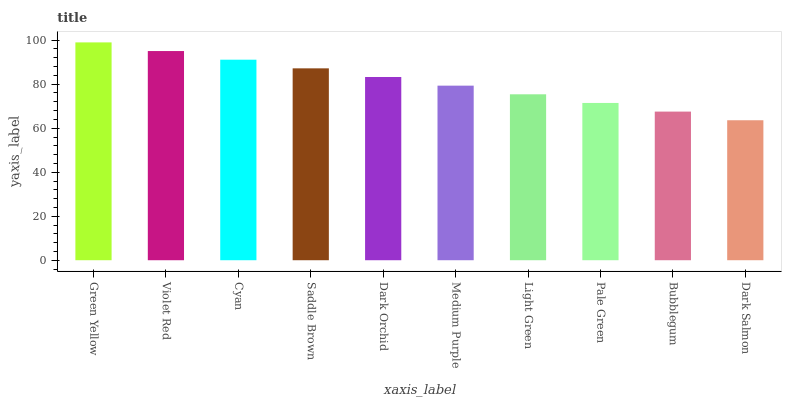
| xaxis_label | bars |
 | --- | --- |
 | Green Yellow | 99 |
 | Violet Red | 95.1 |
 | Cyan | 91.1 |
 | Saddle Brown | 87.2 |
 | Dark Orchid | 83.3 |
 | Medium Purple | 79.3 |
 | Light Green | 75.4 |
 | Pale Green | 71.5 |
 | Bubblegum | 67.5 |
 | Dark Salmon | 63.6 |